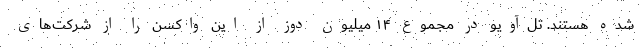
شده هستند. تل‌آویو در مجموع ۱۴ میلیون دوز از این واکسن را از شرکت‌های